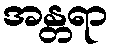
အန္တရာ